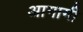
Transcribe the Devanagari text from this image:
अागामी